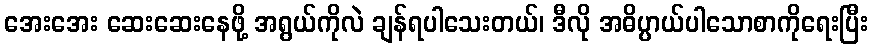
အေးအေး ဆေးဆေးနေဖို့ အရွယ်ကိုလဲ ချန်ရပါသေးတယ်၊ ဒီလို အဓိပ္ပာယ်ပါသောစာကိုရေးပြီး